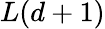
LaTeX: L(d+1)